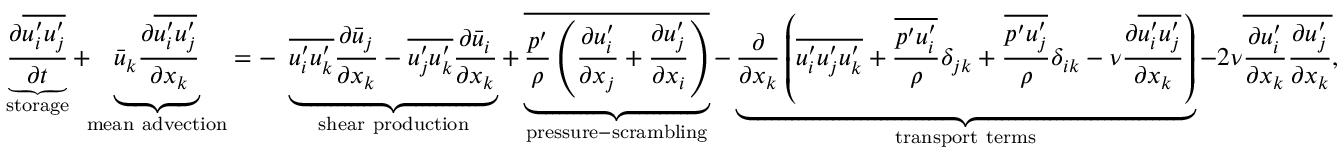
\underbrace { \frac { \partial { \overline { { u _ { i } ^ { \prime } u _ { j } ^ { \prime } } } } } { \partial t } } _ { \mathrm { { s t o r a g e } } } + \! \! \underbrace { { \bar { u } } _ { k } { \frac { \partial { \overline { { u _ { i } ^ { \prime } u _ { j } ^ { \prime } } } } } { \partial x _ { k } } } } _ { \mathrm { { m e a n ~ a d v e c t i o n } } } = - \ \underbrace { { \overline { { u _ { i } ^ { \prime } u _ { k } ^ { \prime } } } } { \frac { \partial { \bar { u } } _ { j } } { \partial x _ { k } } } - { \overline { { u _ { j } ^ { \prime } u _ { k } ^ { \prime } } } } { \frac { \partial { \bar { u } } _ { i } } { \partial x _ { k } } } } _ { \mathrm { { s h e a r ~ p r o d u c t i o n } } } + \underbrace { \overline { { { \frac { p ^ { \prime } } { \rho } } \left( { \frac { \partial u _ { i } ^ { \prime } } { \partial x _ { j } } } + { \frac { \partial u _ { j } ^ { \prime } } { \partial x _ { i } } } \right) } } } _ { \mathrm { { p r e s s u r e - s c r a m b l i n g } } } - \underbrace { { \frac { \partial } { \partial x _ { k } } } \left( { \overline { { u _ { i } ^ { \prime } u _ { j } ^ { \prime } u _ { k } ^ { \prime } } } } + { \frac { \overline { { p ^ { \prime } u _ { i } ^ { \prime } } } } { \rho } } \delta _ { j k } + { \frac { \overline { { p ^ { \prime } u _ { j } ^ { \prime } } } } { \rho } } \delta _ { i k } - \nu { \frac { \partial { \overline { { u _ { i } ^ { \prime } u _ { j } ^ { \prime } } } } } { \partial x _ { k } } } \right) } _ { \mathrm { { t r a n s p o r t ~ t e r m s } } } - 2 \nu { \overline { { { \frac { \partial u _ { i } ^ { \prime } } { \partial x _ { k } } } { \frac { \partial u _ { j } ^ { \prime } } { \partial x _ { k } } } } } } ,